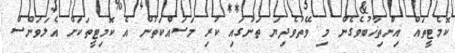
ކޮމެޓީތައް އިންތިޚާބުވެގެން މި ވޭތުވެދިޔަ ތަނުގައި ކުރި މަސައްކަތުން އެ ކޮމިޓީތަކަށް އެލަވަންސް